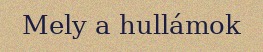
Mely a hullámok